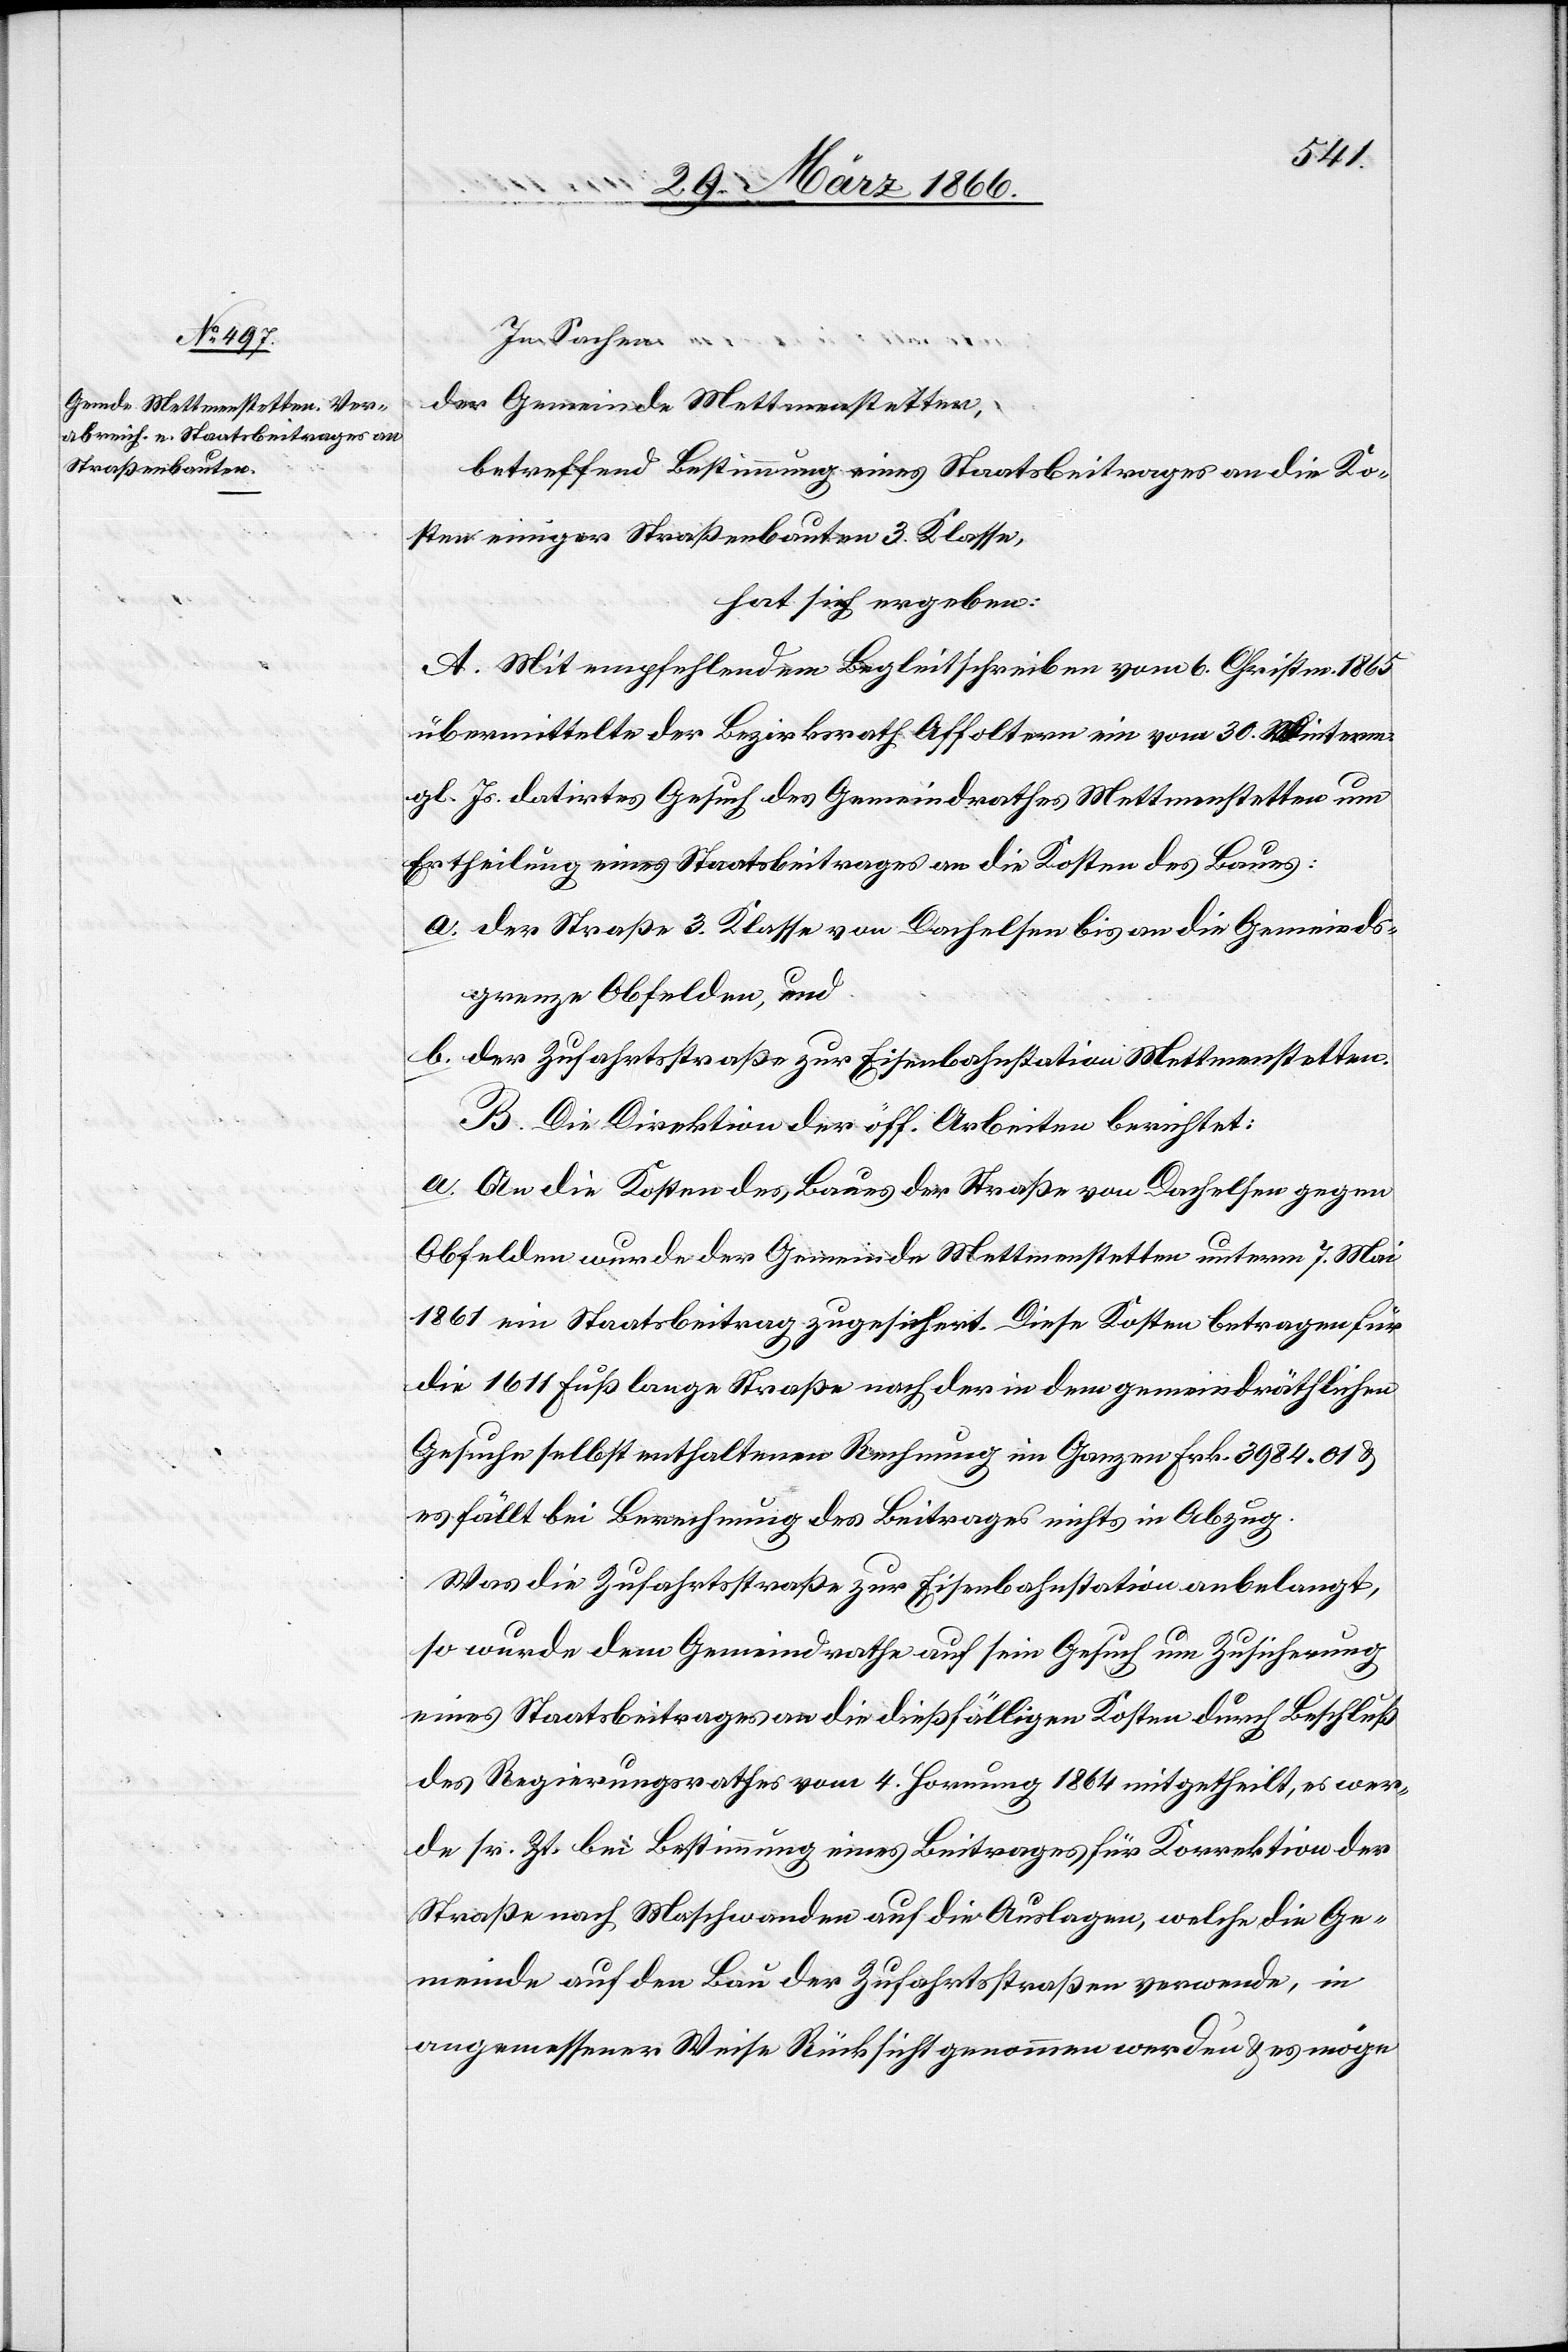
In Sachen
der Gemeinde Mettmenstetten,
betreffend Bestimmung eines Staatsbeitrages an die Ko¬
sten einiger Straßenbauten 3. Klasse,
hat sich ergeben:
A. Mit empfehlendem Begleitschreiben vom 6. Christm. 1865
übermittelte der Bezirksrath Affoltern ein vom 30. Winterm.
gl. Js. datirtes Gesuch des Gemeindrathes Mettmenstetten um
Ertheilung eines Staatsbeitrages an die Kosten des Baues:
a. der Straße 3. Klasse von Dachseln bis an die Gemeinds¬
grenze Obfelden, und
b. der Zufahrtsstraße zur Eisenbahnstation Mettmenstetten.
B. Die Direktion der öff. Arbeiten berichtet:
a. An die Kosten des Baues der Straße von Dachseln gegen
Obfelden wurde der Gemeinde Mettmenstetten unterm 7. Mai
1861 ein Staatsbeitrag zugesichert. Diese Kosten betragen für
die 1611 Fuß lange Straße nach der in dem gemeindräthlichen
Gesuche selbst enthaltenen Rechnung im Ganzen Frk. 3984,01 u.
es fällt bei Berechnung des Beitrages nichts in Abzug.
Was die Zufahrtsstraße zur Eisenbahnstation anbelangt,
so wurde dem Gemeindrathe auf sein Gesuch um Zusicherung
eines Staatsbeitrages an die dießfälligen Kosten durch Beschluß
des Regierungsrathes vom 4. Hornung 1864 mitgetheilt, es wer¬
de sr. Zt. bei Bestimmung eines Beitrages für Korrektion der
Straße nach Maschwanden auf die Auslagen, welche die Ge¬
meinde auf den Bau der Zufahrtsstraßen verwende, in
angemessener Weise Rücksicht genommen werden u. es möge